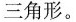
三角形。